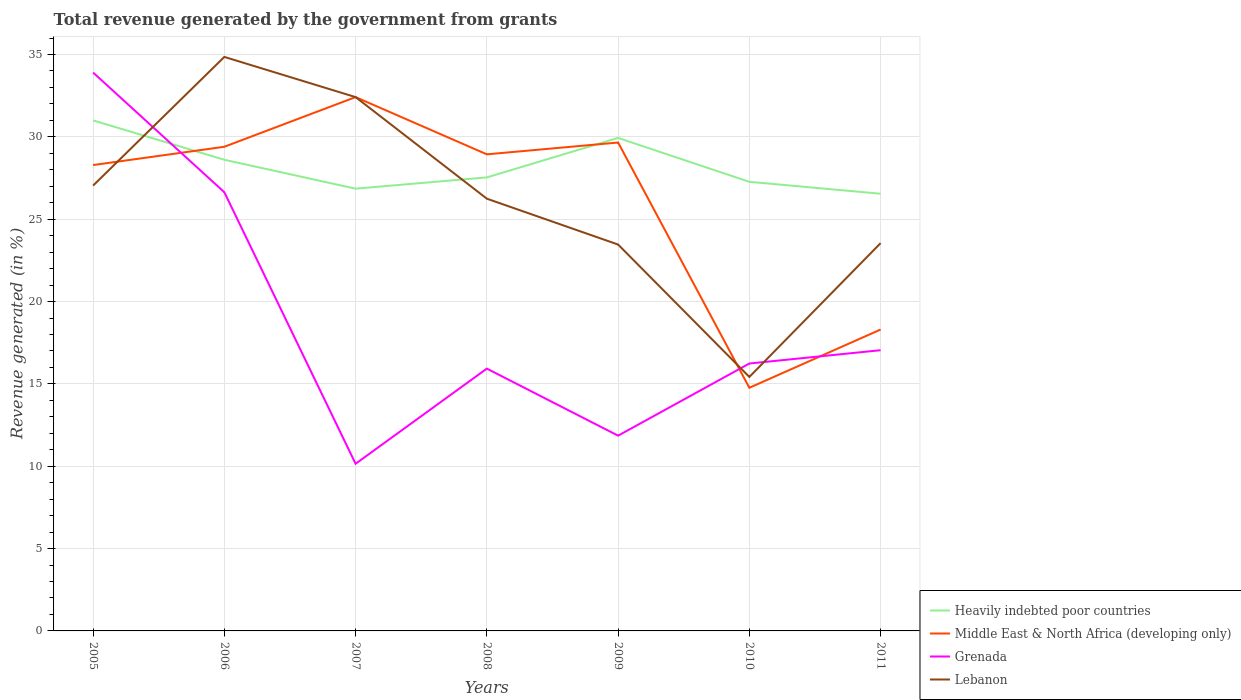
| Years | Heavily indebted poor countries | Middle East & North Africa (developing only) | Grenada | Lebanon |
 | --- | --- | --- | --- | --- |
 | 2005 | 31 | 28.3 | 33.9 | 27 |
 | 2006 | 28.6 | 29.4 | 26.6 | 34.9 |
 | 2007 | 26.9 | 32.4 | 10.1 | 32.4 |
 | 2008 | 27.5 | 28.9 | 15.9 | 26.2 |
 | 2009 | 29.9 | 29.7 | 11.9 | 23.5 |
 | 2010 | 27.3 | 14.8 | 16.2 | 15.4 |
 | 2011 | 26.5 | 18.3 | 17 | 23.5 |